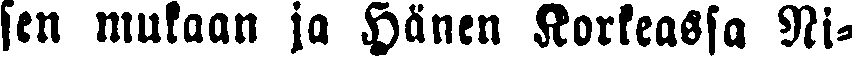
sen mukaan ja Hänen Korkeassa Ni-